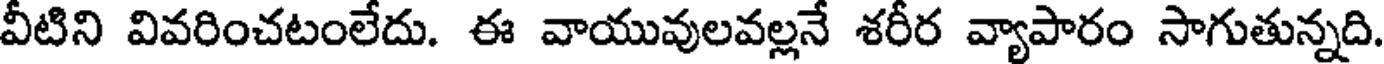
వీటిని వివరించటంలేదు. ఈ వాయువులవల్లనే శరీర వ్యాపారం సాగుతున్నది